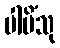
ပါမိံသု